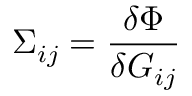
\Sigma _ { i j } = { \frac { \delta \Phi } { \delta G _ { i j } } }